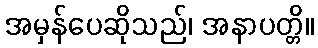
အမှန်ပေဆိုသည်၊ အနာပတ္တိ။